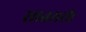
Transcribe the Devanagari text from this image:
सातसरी।